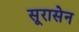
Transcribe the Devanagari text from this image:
सूरासेन